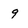
Character: 9